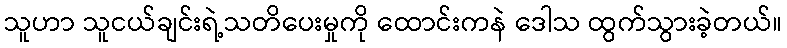
သူဟာ သူငယ်ချင်းရဲ့သတိပေးမှုကို ထောင်းကနဲ ဒေါသ ထွက်သွားခဲ့တယ်။